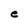
Character: e